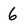
Character: 6